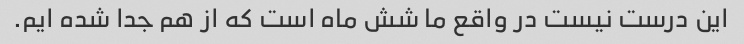
این درست نیست در واقع ما شش ماه است که از هم جدا شده ایم.